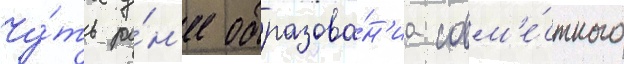
Чу́ть ра́н'ее образова́н'иа совм'е́стного